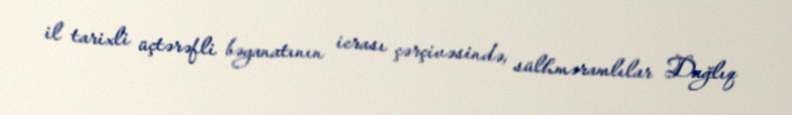
il tarixli üçtərəfli bəyanatının icrası çərçivəsində, sülhməramlılar Dağlıq